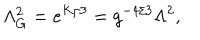
LaTeX: \Lambda _ { G } ^ { 2 } = e ^ { K / 3 } = g ^ { - 4 / 3 } \Lambda ^ { 2 } ,